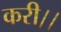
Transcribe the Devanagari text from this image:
करी।।